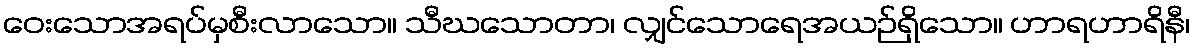
ဝေးသောအရပ်မှစီးလာသော။ သီဃသောတာ၊ လျှင်သောရေအယဉ်ရှိသော။ ဟာရဟာရိနီ၊